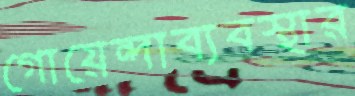
গোয়েন্দাব্যবস্থার